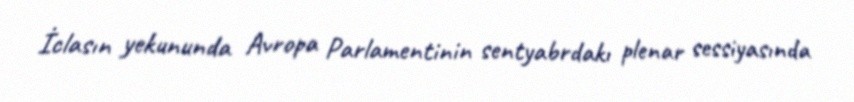
İclasın yekununda Avropa Parlamentinin sentyabrdakı plenar sessiyasında